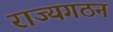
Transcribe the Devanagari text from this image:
राज्यगठन